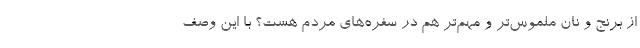
از برنج و نان ملموس‌تر و مهم‌تر هم در سفره‌های مردم هست؟ با این وصف